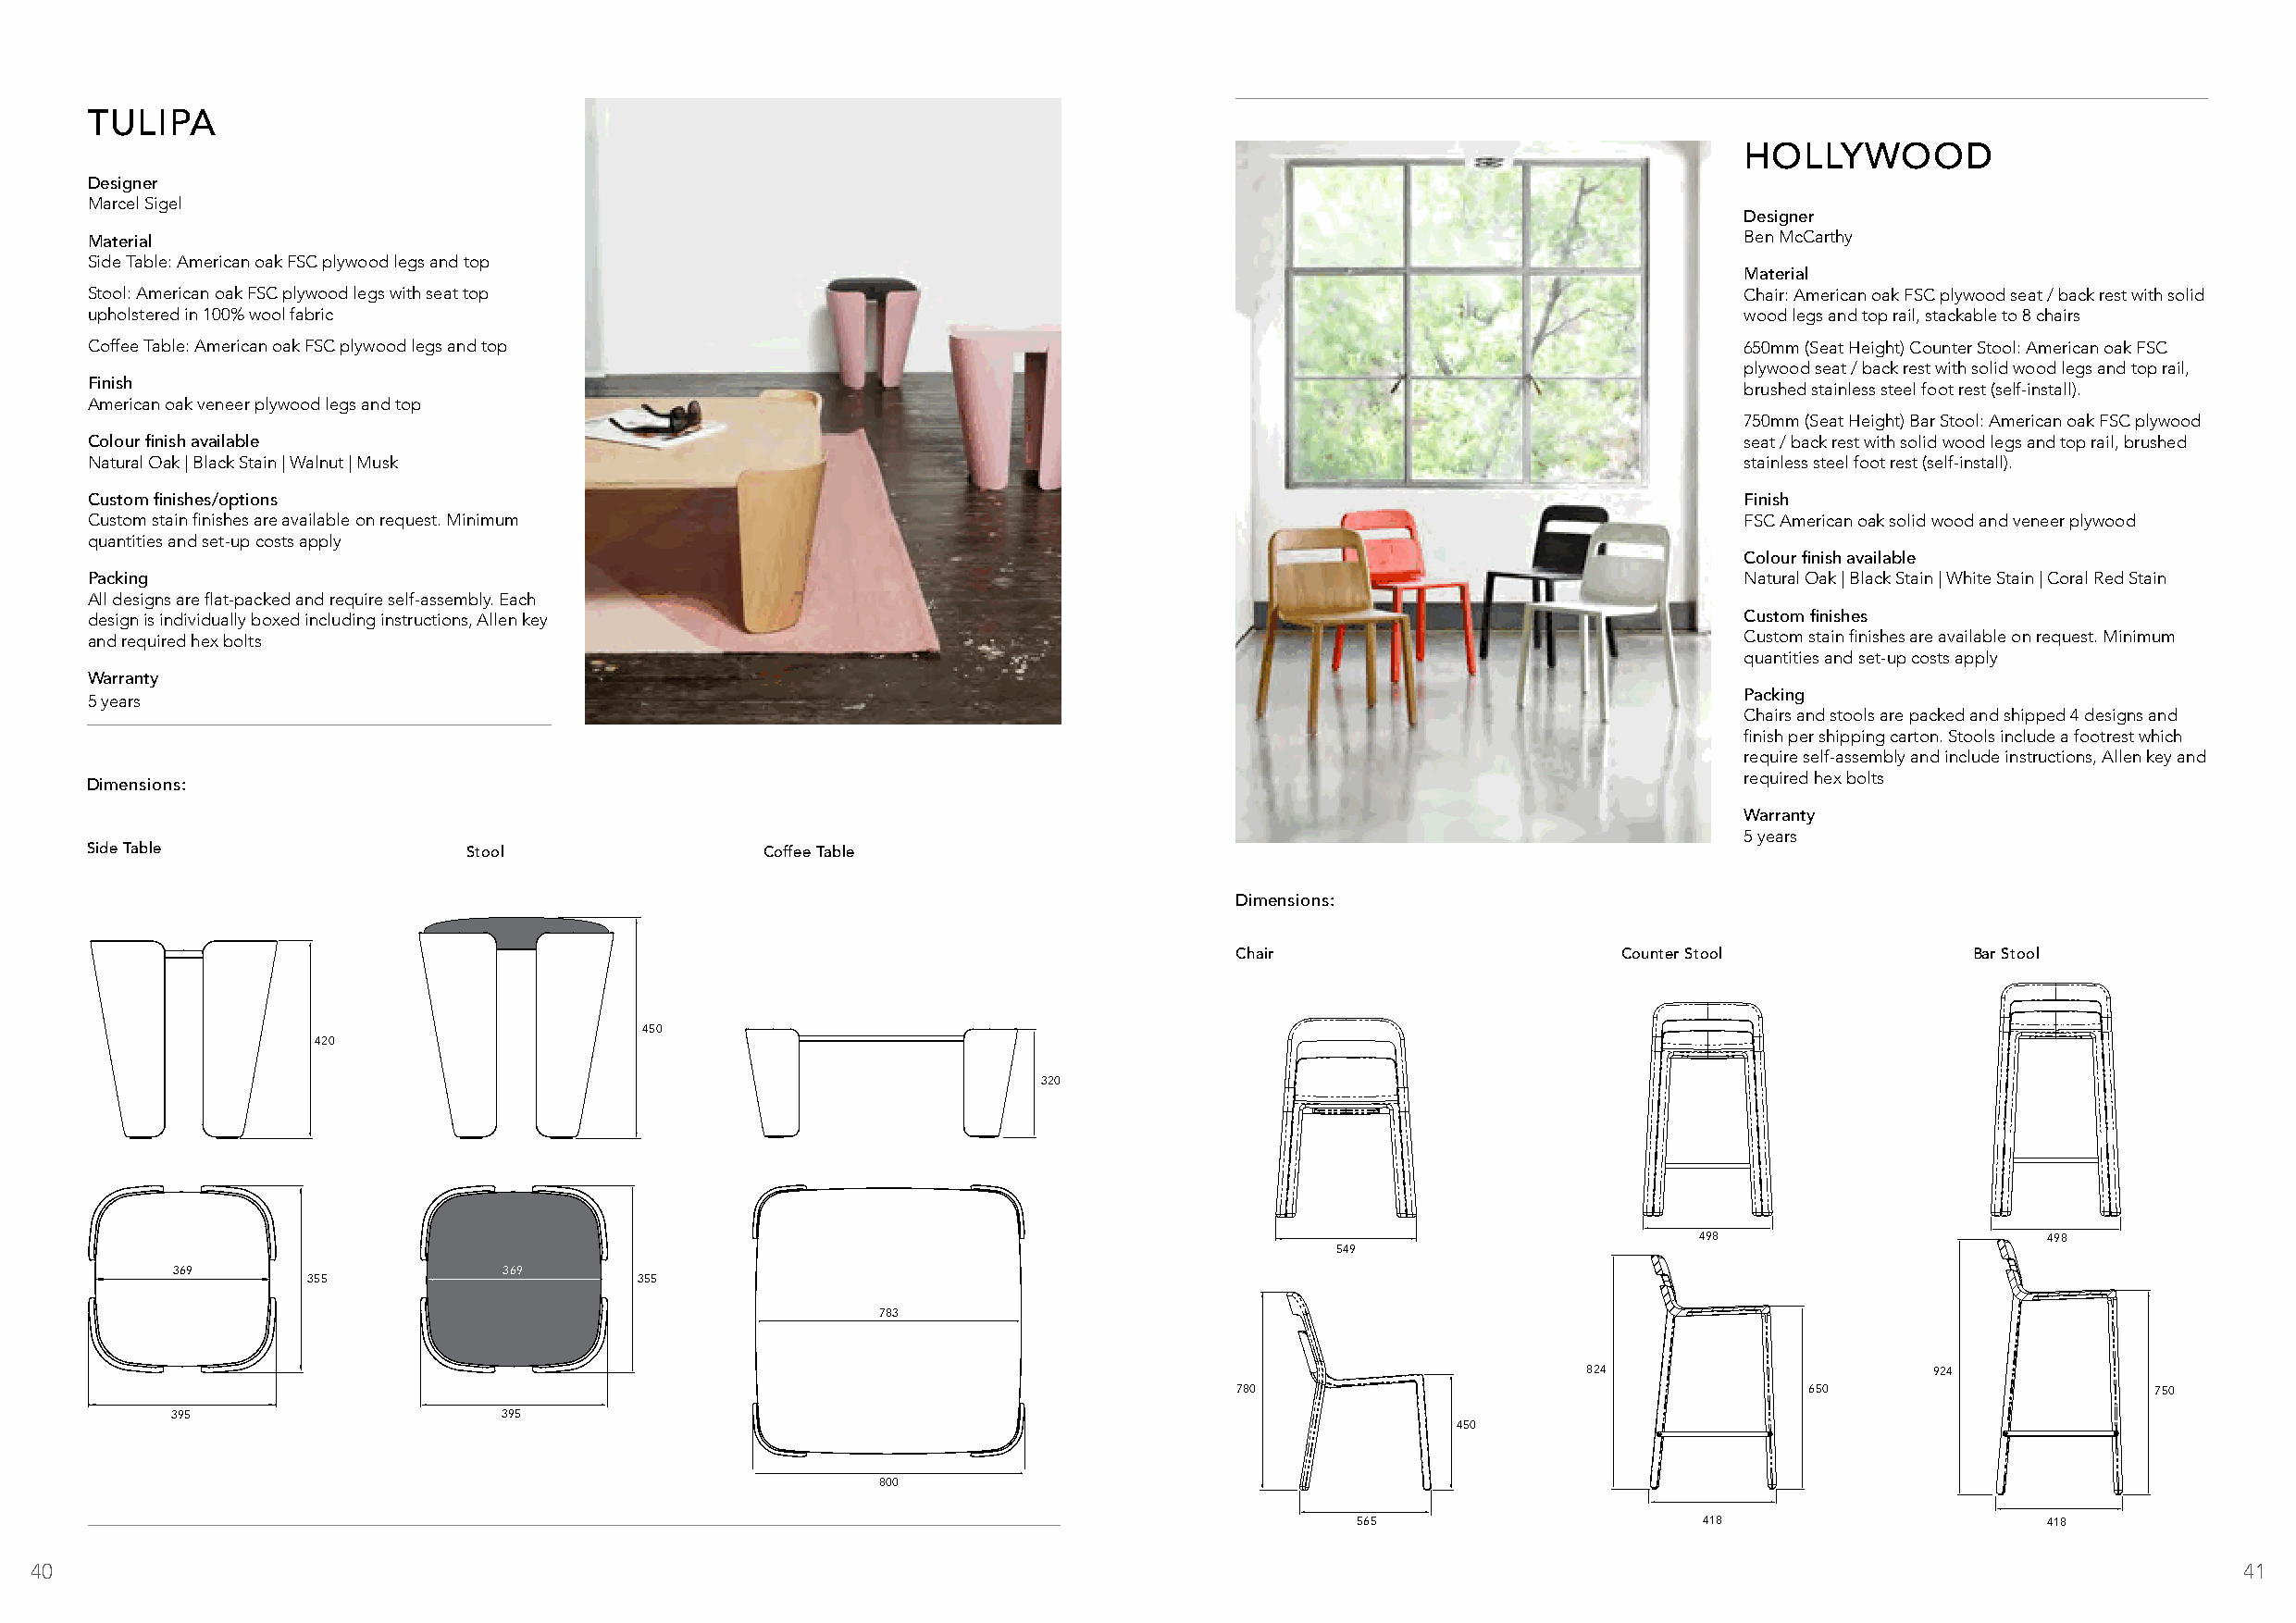
TULIPA
 HOLLYWOOD
 Designer
 Marcel Sigel
 Designer
 Ben McCarthy
 Material
 Side Table: American oak FSC plywood legs and top
 Material
 Stool: American oak FSC plywood legs with seat top                                                                     Chair: American oak FSC plywood seat / back rest with solid
 upholstered in 100% wool fabric                                                                                        wood legs and top rail, stackable to 8 chairs
 Coffee Table: American oak FSC plywood legs and top                                                                    650mm (Seat Height) Counter Stool: American oak FSC
 plywood seat / back rest with solid wood legs and top rail,
 Finish                                                                                                                 brushed stainless steel foot rest (self-install).
 American oak veneer plywood legs and top
 750mm (Seat Height) Bar Stool: American oak FSC plywood
 Colour finish available                                                                                                seat / back rest with solid wood legs and top rail, brushed
 Natural Oak | Black Stain | Walnut | Musk                                                                              stainless steel foot rest (self-install).
 Custom finishes/options                                                                                                Finish
 Custom stain finishes are available on request. Minimum                                                                FSC American oak solid wood and veneer plywood
 quantities and set-up costs apply
 Colour finish available
 Packing                                                                                                                Natural Oak | Black Stain | White Stain | Coral Red Stain
 All designs are flat-packed and require self-assembly. Each
 design is individually boxed including instructions, Allen key                                                         Custom finishes
 and required hex bolts                                                                                                 Custom stain finishes are available on request. Minimum
 quantities and set-up costs apply
 Warranty
 5 years                                                                                                                Packing
 Chairs and stools are packed and shipped 4 designs and
 finish per shipping carton. Stools include a footrest which
 require self-assembly and include instructions, Allen key and
 Dimensions:
 required hex bolts
 Warranty
 5 years
 Side Table                 Stool                 Coffee Table
 Dimensions:
 Chair                       Counter Stool            Bar Stool
 450
 420
 320
 498                     498
 549
 369                     369
 355                     355
 783
 824                      924
 780                                      650                      750
 395                     395
 450
 800
 565                      418                     418
 40                                                                                                                                                            41